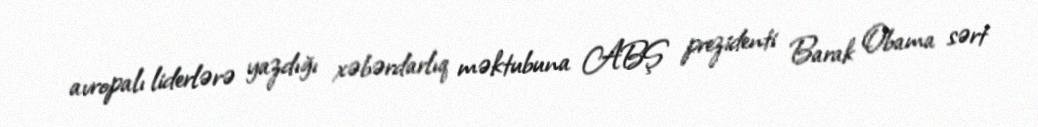
avropalı liderlərə yazdığı xəbərdarlıq məktubuna ABŞ prezidenti Barak Obama sərt